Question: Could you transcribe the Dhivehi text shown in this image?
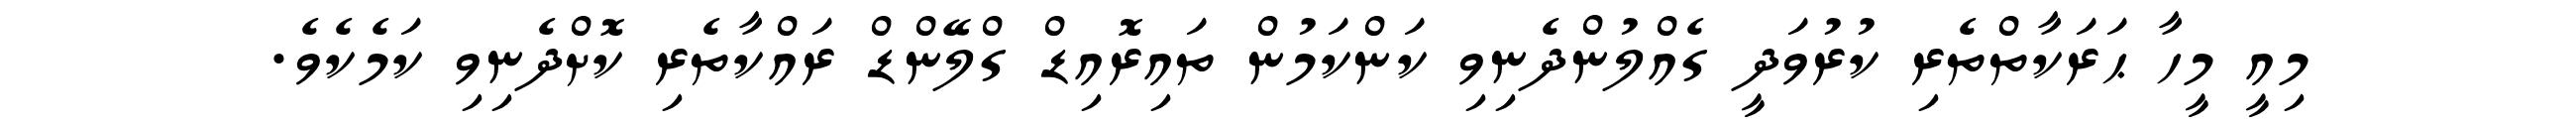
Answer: މިއީ މީހާ ޙަރަކާތްތެރި ކުރުވަދީ ގެއްލުންދެނިވި ކަންކަމުން ތައިރޮއިޑް ގްލޭންޑް ރައްކާތެރި ކޮށްދެނިވި ކަމެކެވެ.